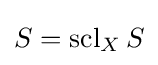
S=\operatorname {scl} _{X}S